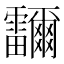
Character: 鿨